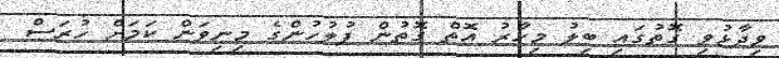
ވިދާޅުވި ގޮތުގައި ބިލު މިހާރު އޮތް ގޮތުން ފުލުހުންގެ މިނިވަން ކަމަށް ހުރަސް